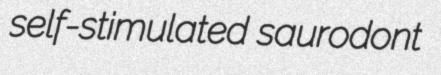
self-stimulated saurodont